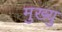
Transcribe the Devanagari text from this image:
मुख्यु